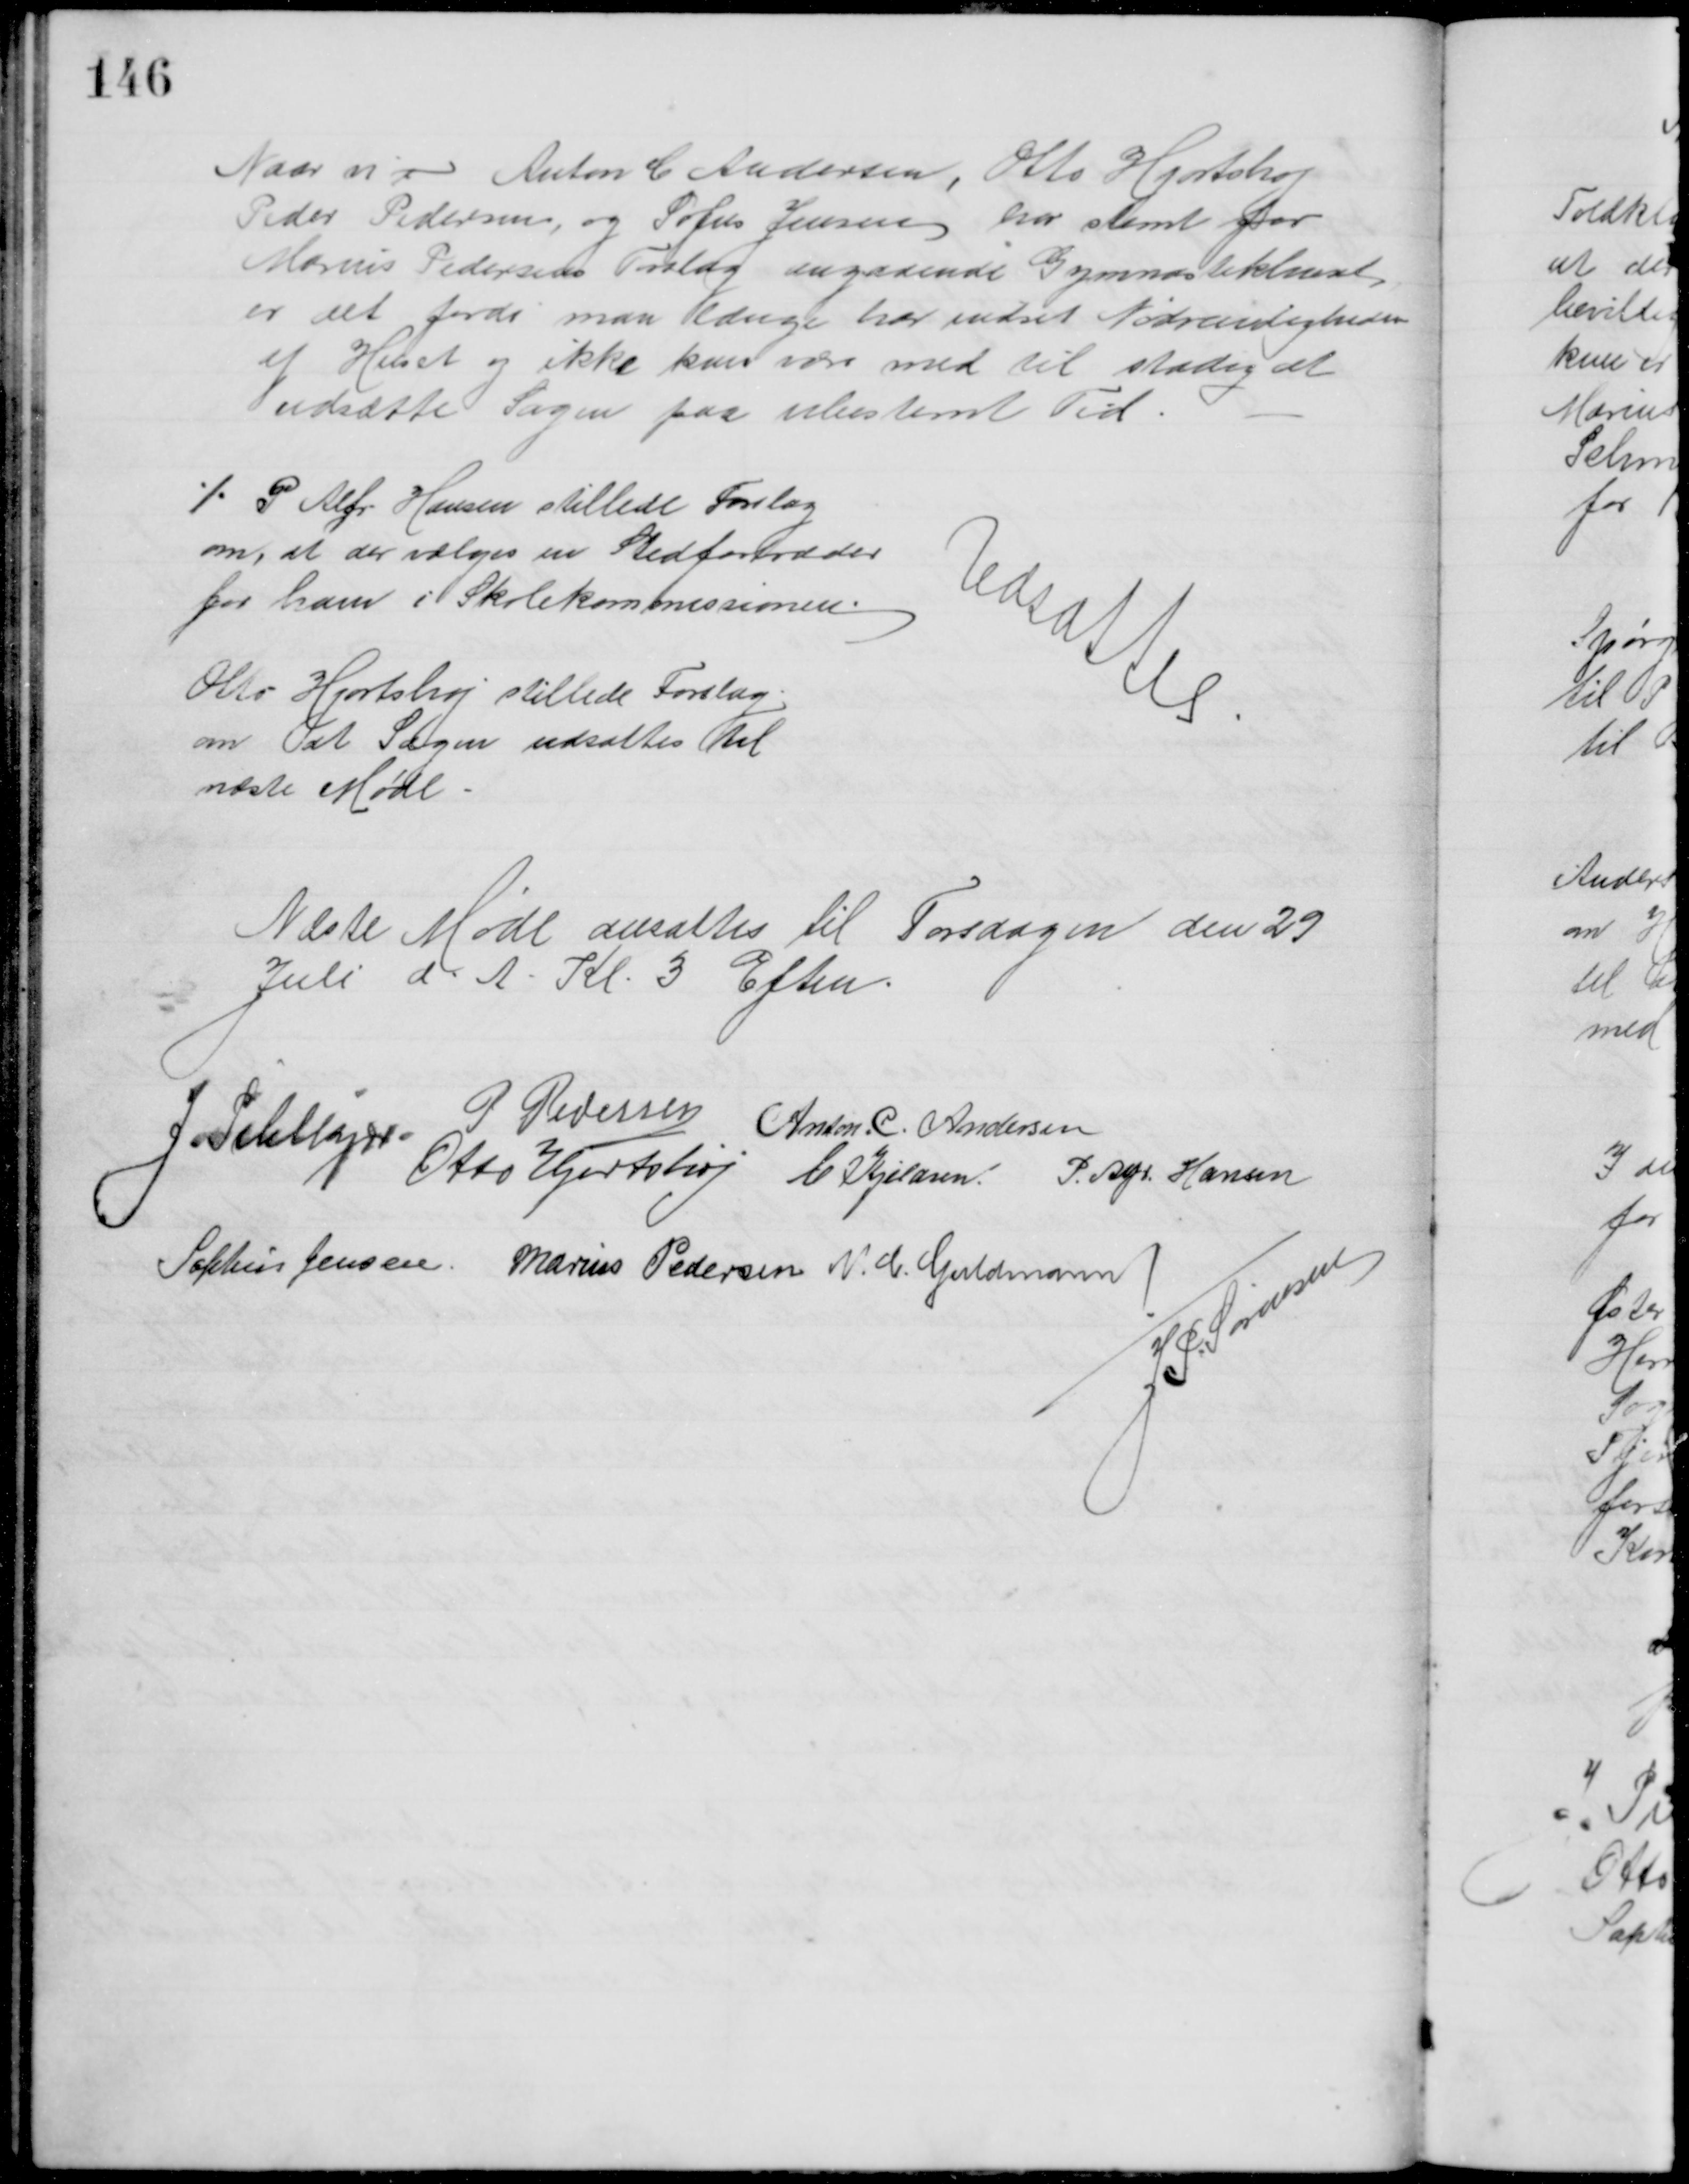
Transskription:
Naar vi Anton C Andersen, Otto Hjortshøj
Peder Pedersen, og Sofus Jensen har stemt for
Marius Pedersens Forslag angaaende Gymnastikhuset
er det fordi man længe har indset Nødvendigheden
af Huset og ikke kan være med til stadig at
udsætte Sagen paa ubestemt Tid.
P. Alfr. Hansen stillede Forslag
om, at der vælges en Stedfortræder
for ham i Skolekommissionen.
Otto Hjortshøj stillede Forslag
om at Sagen udsættes til
næste Møde
Udsattes
Næste Møde ansattes til Torsdagen den 29
Juli d. A. Kl. 3 Eftm.
J. Pihlkjær
P. Pedersen
Anton C. Andersen
Otto Hjortshøj C. Kjeldsen P. Alfr. Hansen
Sophus Jensen Marius Pedersen N. C. Guldmann
J. P. Sørensen